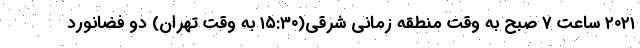
۲۰۲۱ ساعت ۷ صبح به وقت منطقه زمانی شرقی(۱۵:۳۰ به وقت تهران) دو فضانورد